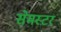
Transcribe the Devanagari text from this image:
सेमस्टर